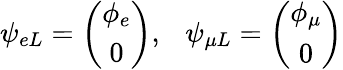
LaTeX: \psi_{eL}=\left(\begin{array}{c}{{\phi_{e}}}\\ {{0}}\end{array}\right),\ \ \ \psi_{\mu L}=\left(\begin{array}{c}{{\phi_{\mu}}}\\ {{0}}\end{array}\right)